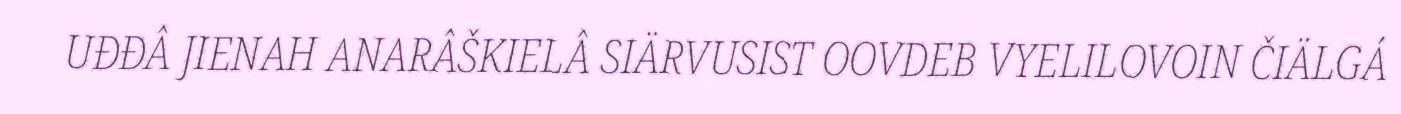
UĐĐÂ JIENAH ANARÂŠKIELÂ SIÄRVUSIST OOVDEB VYELILOVOIN ČIÄLGÁ